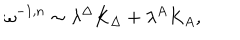
\omega ^ { - 1 , n } \sim \lambda ^ { \Delta } K _ { \Delta } + \lambda ^ { A } K _ { A } ,